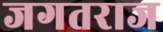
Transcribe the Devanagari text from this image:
जगतराज